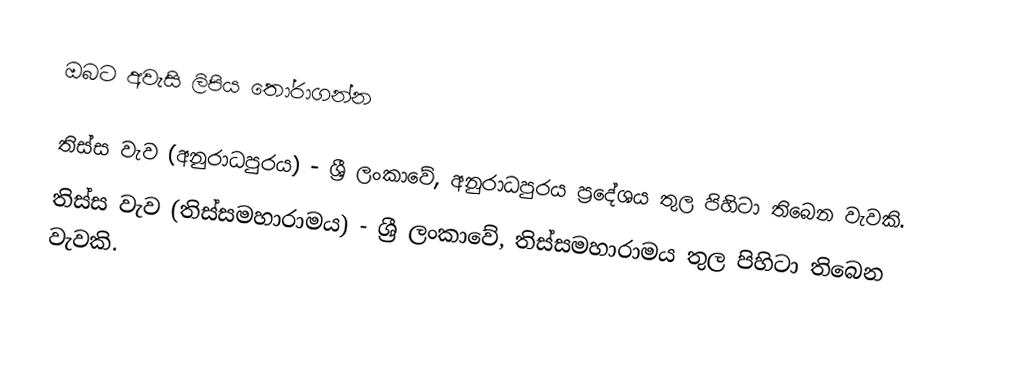
ඔබට අවැසි ලිපිය තෝරාගන්න

තිස්ස වැව (අනුරාධපුරය) -  ශ්‍රී ලංකාවේ, අනුරාධපුරය ප්‍රදේශය තුල පිහිටා තිබෙන වැවකි.
තිස්ස වැව (තිස්සමහාරාමය) -  ශ්‍රී ලංකාවේ, තිස්සමහාරාමය තුල පිහිටා තිබෙන වැවකි.